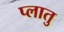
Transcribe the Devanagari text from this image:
प्लातु